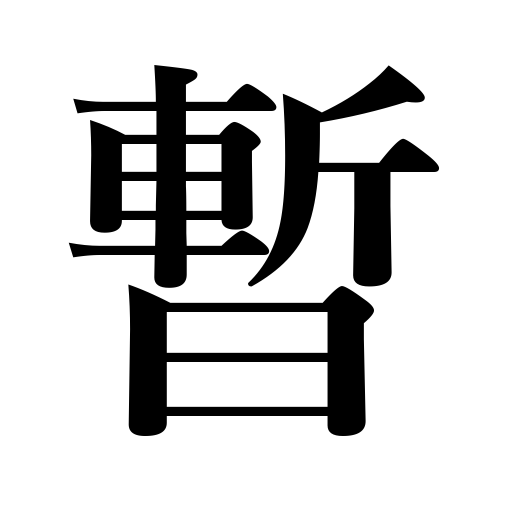
Meanings: for a while,for a long time,for a moment